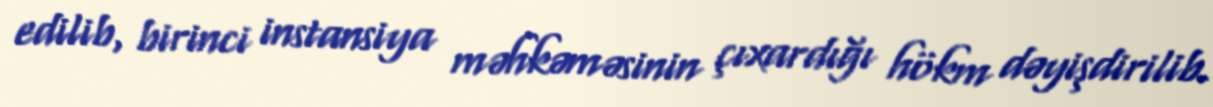
edilib, birinci instansiya məhkəməsinin çıxardığı hökm dəyişdirilib.